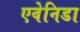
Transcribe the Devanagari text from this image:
एवेनिडा